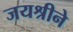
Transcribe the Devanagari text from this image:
जयश्रीने